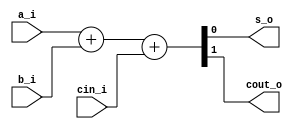
module full_adder
(
input a_i,
input b_i,
input cin_i,
output s_o,
output cout_o
);

assign {cout_o,s_o} = a_i + b_i + cin_i;

endmodule